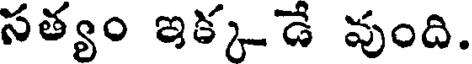
సత్యం ఇక్కడే వుంది.